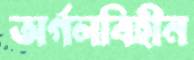
অর্গলবিহীন